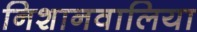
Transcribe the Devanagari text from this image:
निशानवालिया